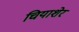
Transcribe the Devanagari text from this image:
चियाशेर